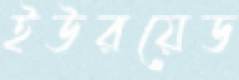
ইউরয়েড